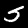
Digit: 5